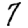
Digit: 7